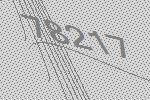
78217